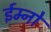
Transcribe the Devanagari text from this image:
ईम्नो